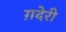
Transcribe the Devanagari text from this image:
ग़देरी